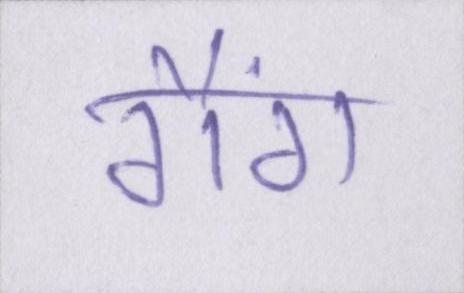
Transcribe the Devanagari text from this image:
गैंग